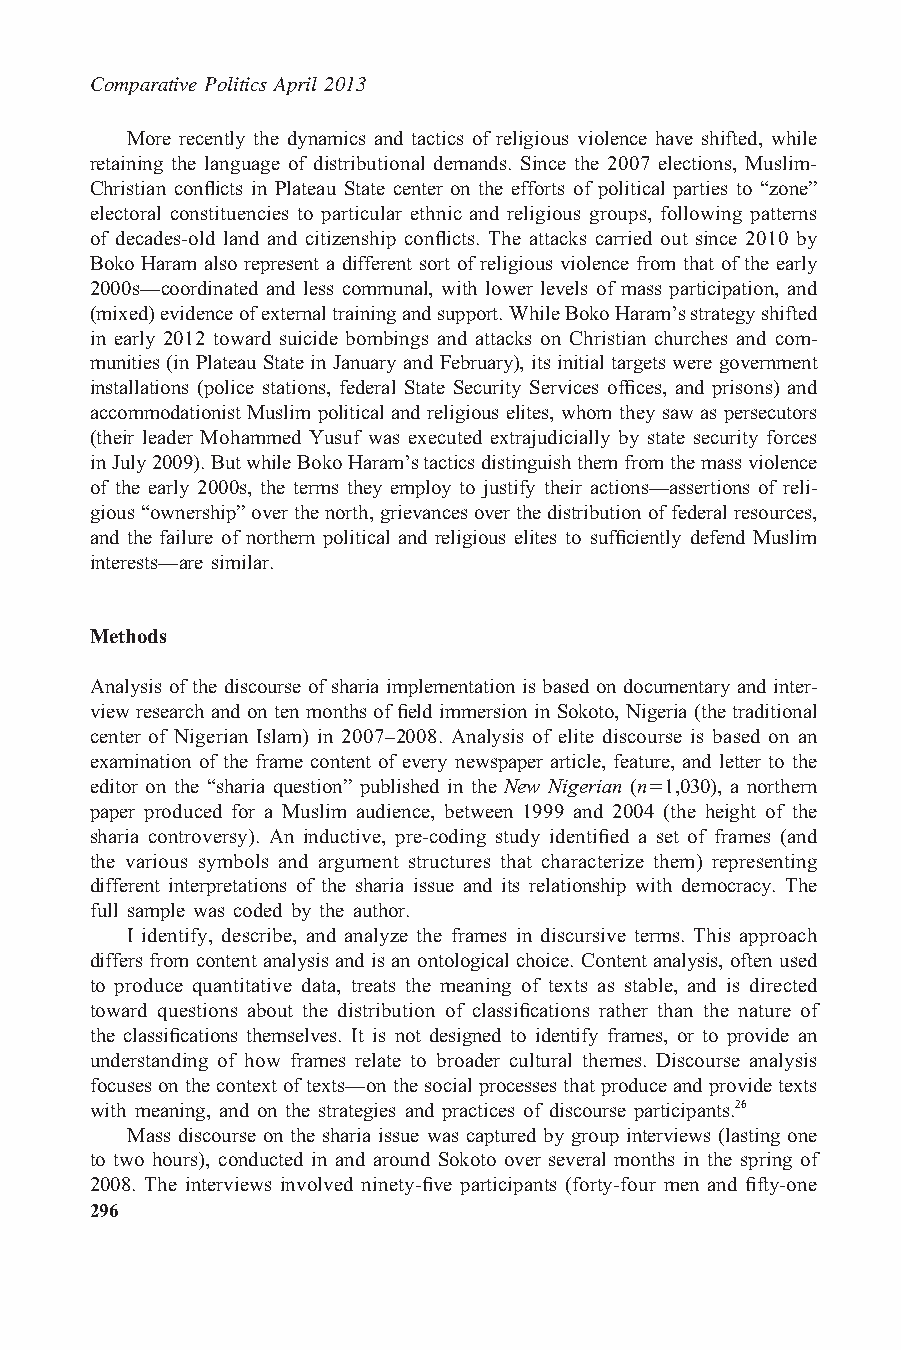
Comparative Politics April 2013
 More recently the dynamics and tactics of religious violence have shifted, while
 retaining the language of distributional demands. Since the 2007 elections, Muslim-
 Christian conflicts in Plateau State center on the efforts of political parties to “zone”
 electoral constituencies to particular ethnic and religious groups, following patterns
 of decades-old land and citizenship conflicts. The attacks carried out since 2010 by
 Boko Haram also represent a different sort of religious violence from that of the early
 2000s—coordinated and less communal, with lower levels of mass participation, and
 (mixed)evidenceofexternaltrainingandsupport.WhileBokoHaram’sstrategyshifted
 in early 2012 toward suicide bombings and attacks on Christian churches and com-
 munities (in Plateau State in January and February), its initial targets were government
 installations (police stations, federal State Security Services offices, and prisons) and
 accommodationist Muslim political and religious elites, whom they saw as persecutors
 (their leader Mohammed Yusuf was executed extrajudicially by state security forces
 inJuly2009).ButwhileBokoHaram’stacticsdistinguishthemfromthemassviolence
 of the early 2000s, the terms they employ to justify their actions—assertions of reli-
 gious“ownership”overthenorth,grievancesoverthedistributionoffederalresources,
 and the failure of northern political and religious elites to sufficiently defend Muslim
 interests—are similar.
 Methods
 Analysis of the discourse of sharia implementation is based on documentary and inter-
 view research and on ten months of field immersion in Sokoto, Nigeria (the traditional
 center of Nigerian Islam) in 2007–2008. Analysis of elite discourse is based on an
 examination of the frame content of every newspaper article, feature, and letter to the
 editor on the “sharia question” published in the New Nigerian (n51,030), a northern
 paper produced for a Muslim audience, between 1999 and 2004 (the height of the
 sharia controversy). An inductive, pre-coding study identified a set of frames (and
 the various symbols and argument structures that characterize them) representing
 different interpretations of the sharia issue and its relationship with democracy. The
 full sample was coded by the author.
 I identify, describe, and analyze the frames in discursive terms. This approach
 differs from content analysis and is an ontological choice. Content analysis, often used
 to produce quantitative data, treats the meaning of texts as stable, and is directed
 toward questions about the distribution of classifications rather than the nature of
 the classifications themselves. It is not designed to identify frames, or to provide an
 understanding of how frames relate to broader cultural themes. Discourse analysis
 focuses onthecontext oftexts—on thesocial processes that produce andprovide texts
 with meaning, and on the strategies and practices of discourse participants.26
 Mass discourse on the sharia issue was captured by group interviews (lasting one
 to two hours), conducted in and around Sokoto over several months in the spring of
 2008. The interviews involved ninety-five participants (forty-four men and fifty-one
 296